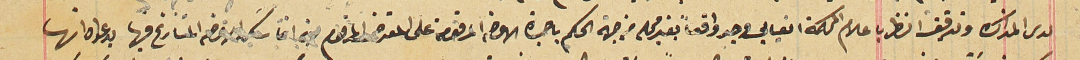
لدى المذاكرة وتدقيق النظر باعلام المحكمة الغيابي وجد واقعاً بغير محله من جهة الحكم باجرة الاوضه المرقومة على المعترض المرقوم الاوضه المتنازع فيها بدعواه انها